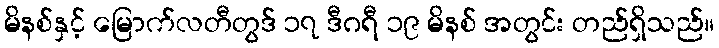
မိနစ်နှင့် မြောက်လတီတွဒ် ၁၇ ဒီဂရီ ၁၉ မိနစ် အတွင်း တည်ရှိသည်။